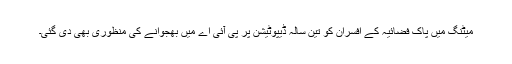
میٹنگ میں پاک فضائیہ کے افسران کو تین سالہ ڈیپوٹیشن پر پی آئی اے میں بھجوانے کی منظوری بھی دی گئی۔